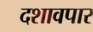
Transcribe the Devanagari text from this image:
दशावपार